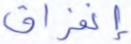
إنفراق